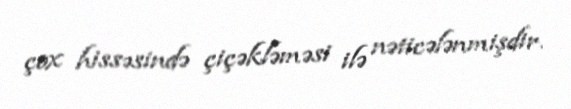
çox hissəsində çiçəkləməsi ilə nəticələnmişdir.